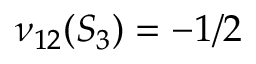
\nu _ { 1 2 } ( S _ { 3 } ) = - 1 / 2